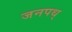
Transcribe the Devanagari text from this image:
जनपथ्